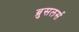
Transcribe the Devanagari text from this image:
ब्रुसलर्स